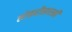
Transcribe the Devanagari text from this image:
लोकरीसारखी